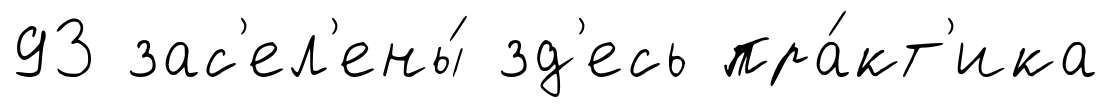
93 зас'ел'ены́ зд'есь пра́кт'ика